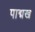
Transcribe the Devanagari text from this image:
पाद्मख